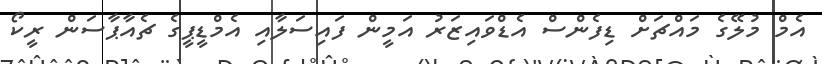
އެމް މުލޭގެ މައްޗަށް ޑިފެންސް އެޑްވައިޒަރު އަމީން ފައިސަލާއި އެމްޑީޕީގެ ޗެއާޕާސަން ރީކޯ